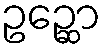
ဥဉ္ဆော